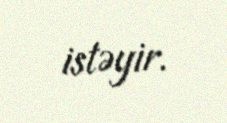
istəyir.